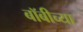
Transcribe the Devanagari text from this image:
बॉबीच्या